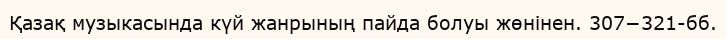
Қазақ музыкасында күй жанрының пайда болуы жөнінен. 307−321-бб.